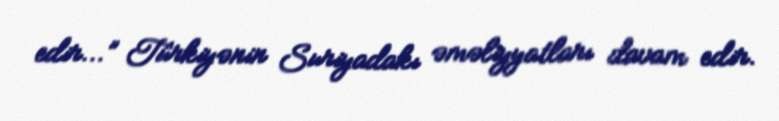
edir...” Türkiyənin Suriyadakı əməliyyatları davam edir.